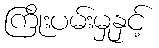
ကြိုးပမ်းမှုနှင့်